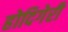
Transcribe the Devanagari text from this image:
होदिगेरी